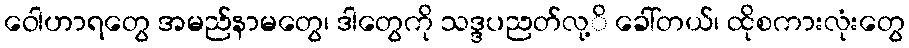
ဝေါဟာရတွေ အမည်နာမတွေ၊ ဒါတွေကို သဒ္ဒပညတ်လု့ိ ခေါ်တယ်၊ ထိုစကားလုံးတွေ